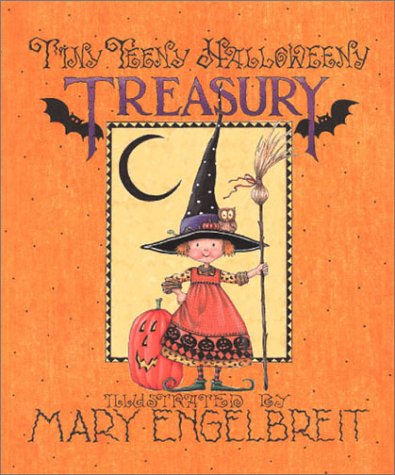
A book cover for Mary Engelbreit's Tiny Teeny Halloweeny Treasury; Patrick Regan; Cookbooks, Food & Wine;